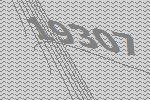
19307